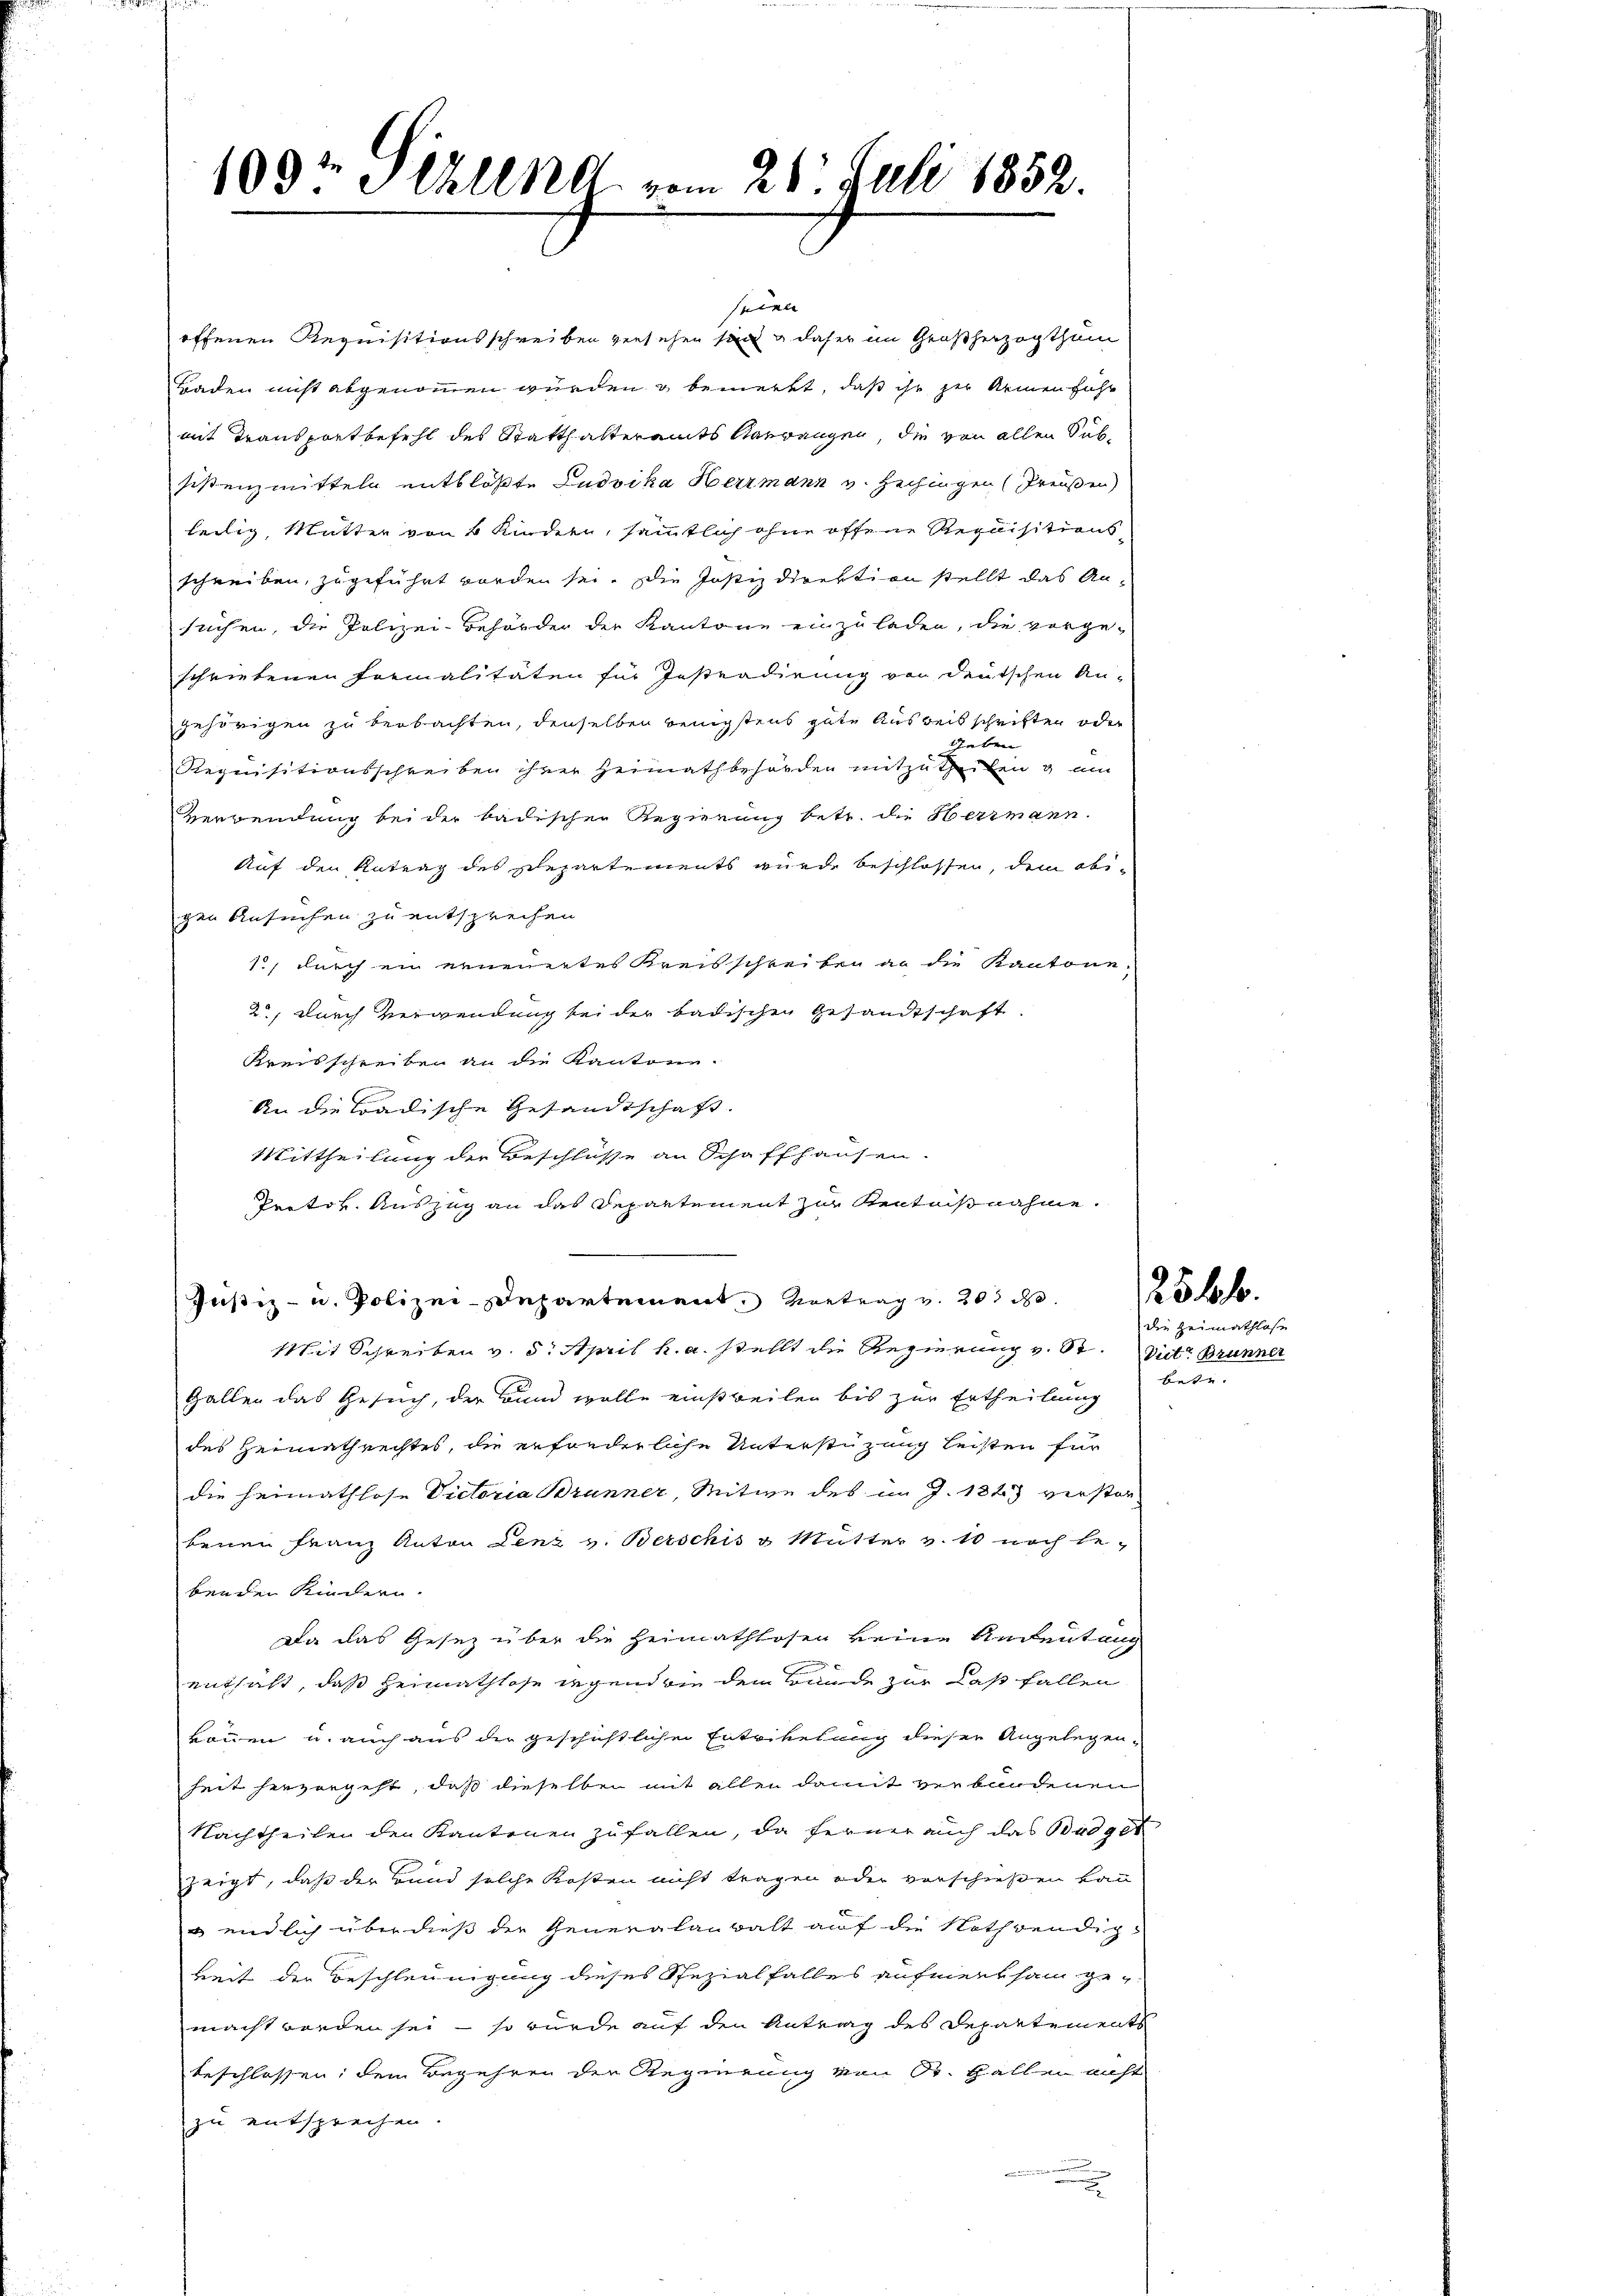
seine
offenen Requisitionsschreiben versehen sind & daher im Großherzogthum
Hraden nicht abgenommen würden & bemerkt, daß ihr der Armen führ
mit Transportbefehl des Statthalteramts Aarwangen, die von allen Subsistenzmitteln entblöste Ludvika Herrmann v. Hechingen (Preußen
heilig, Mutter von 4 Kindern, sämmtlich ohne offene Requisitionsschreiben, zugeführt worden sei. Die Justizdirektion stellt das An-
suchen, die Polizei-Behörder der Kantone einzuladen, die vorge-
schriebenen Formalitäten für Instradirung von deutschen Angehörigen zu beobachten, denselben wenigstens gute Ausweil schriften oder
shaben
Requisitionsschreiben ihrer Heimathbehörden mitzutheilen & am
verwendung bei der badischen Regierung betr. die Herrmann.
Auf den Antrag des schepartements wurde beschlossen, dem obigen Ansuchen zu entsprechen
1, durch ein erneuertes Kreisschreiben an die Kantone,
2, durch Verwendung sei der badischen Gesandtschaft
Kreisschreiben an die Kantone.
An die Ladische Gesandtschaft.
Mittheilung der Beschlüsse an Schaffhausen.
Protok. Auszug an das Departement zur Kentnißnahme.
Justiz- u. Polizei-Departement. Vortrag v. 203 d
Mit Schreiben v. 8. April k. a. stellt die Regierung v. St. Vit. Brunner
Gallen das Gesuch, der Bund wolle einstweilen bis zur Ertheilung
des Heimathrechtes, die erforderliche Unterstüzung leisten für
die Heimathlose Victoria Brunner, Mitwe des im J. 1823 verstor-
benen Franz Anton Lenz v. Berschis & Mutter v. 10 noch be-
benden Kindern.
Da das Gesetz über die Heimathlosen keine Andeutung
entsicht, daß Heimathlose irgend wie dem Bunde zur Last fallen
können u. auch aus die geschichtlichen Entrikelung dieser Angelegen-
heit hervorgeht, daß dieselben mit allen damit verbandenen
Nachtheilen den Kantonen zufallen, da ferner auch das Büdget
zeigt, daß der Bund solche Kosten nicht tragen oder verschießen kann
 endlich überdieß der Generalanwalt auf die Nothwendigbeit den Beschleunigung dieses Spezialfalles aufmerksam ge-
macht worden sei - so würde auf den Antrag des Departements
beschlossen; dem Begehren der Regierung von St. Gallen nicht
zu entsprechen.
2

109te Schlend vom 28. Juli 1852.

254.
die Heimathlose
Bemerke